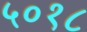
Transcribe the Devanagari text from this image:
५०१८